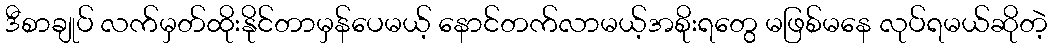
ဒီစာချုပ် လက်မှတ်ထိုးနိုင်တာမှန်ပေမယ့် နောင်တက်လာမယ့်အစိုးရတွေ မဖြစ်မနေ လုပ်ရမယ်ဆိုတဲ့